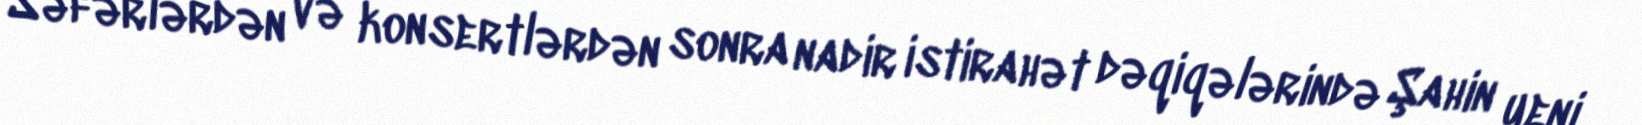
Səfərlərdən və konsertlərdən sonra nadir istirahət dəqiqələrində Şahin yeni